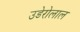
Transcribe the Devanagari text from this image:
उडेरोलाल